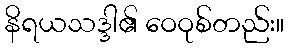
နိရယသဒ္ဒါ၏ ဝေဝုစ်တည်း။